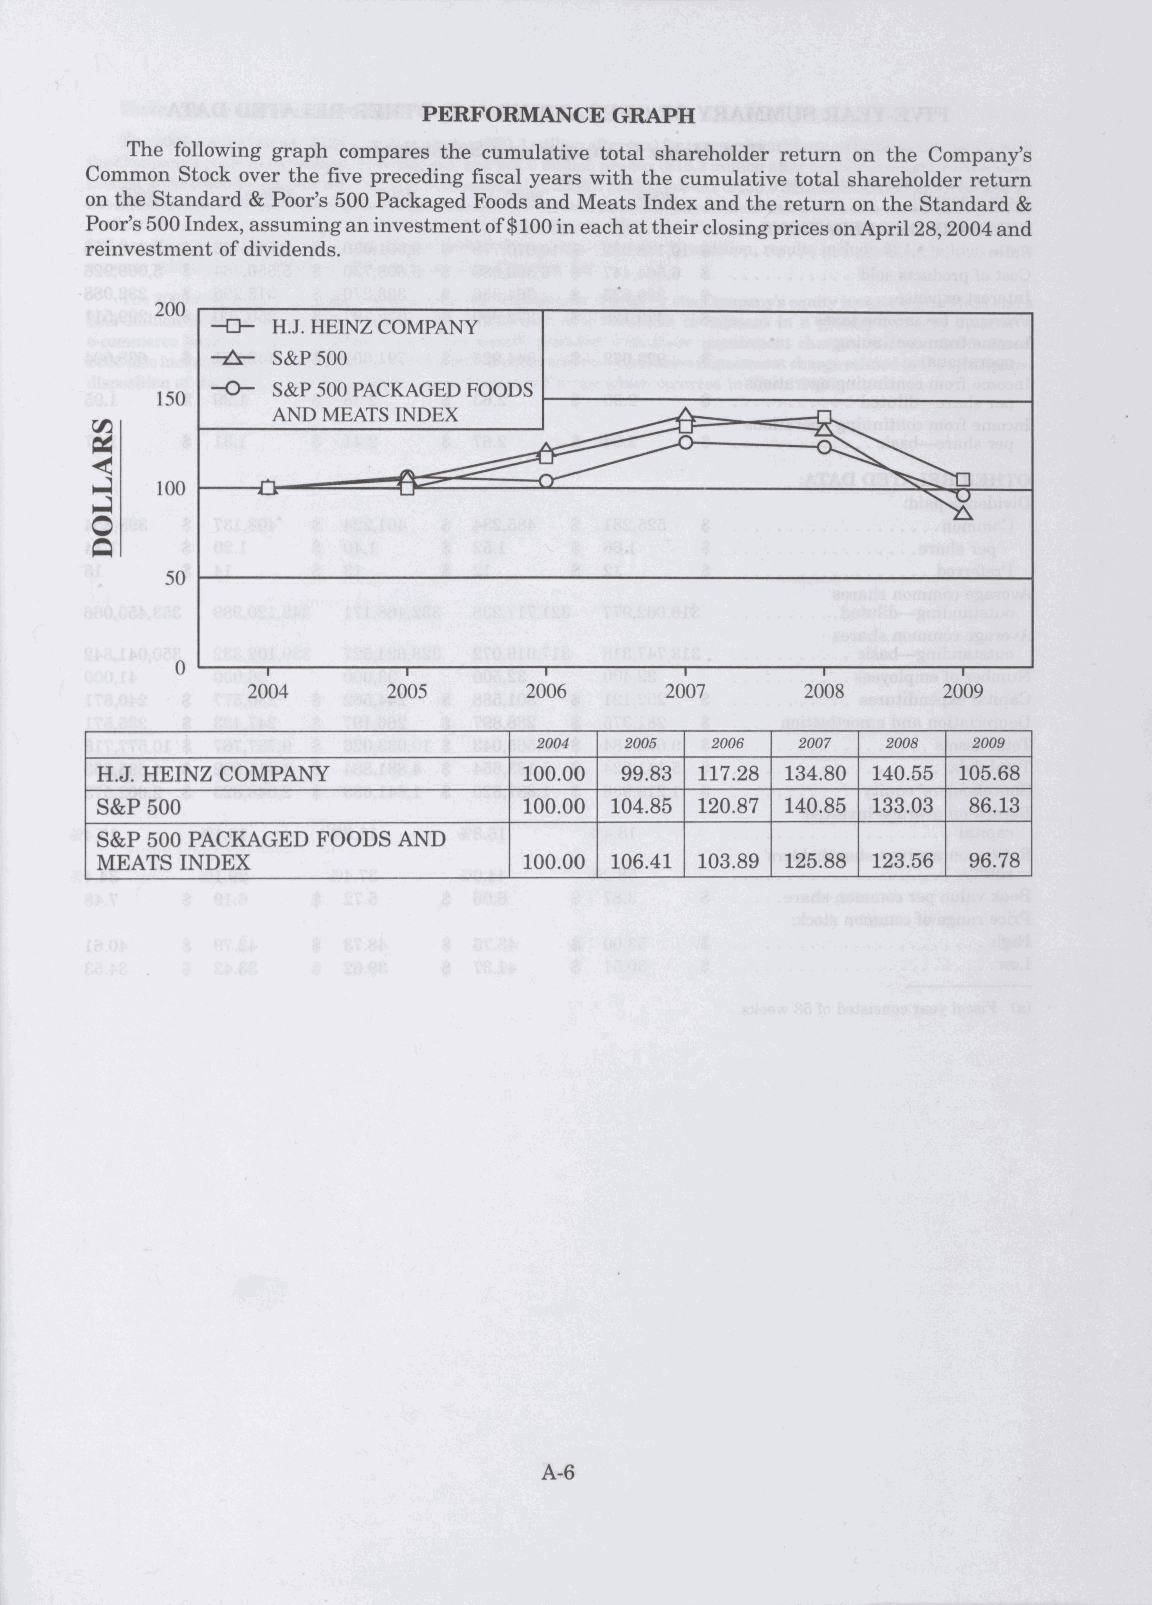
PERFORMANCE  GRAPH
 The following graph compares the cumulative total shareholder return on the Company's
 Common Stock over the five preceding fiscal years with the cumulative total shareholder return
 on the Standard & Poor's 500 Packaged Foods and Meats Index and the return on the Standard &
 Poor's 500 Index, assuming an investment of $100 in each at their closing prices on April 28, 2004 and
 reinvestment of dividends.
 2004 2005  2006  2007  2008  2009
 H.J. HEINZ COMPANY           100.00 99.83 117.28 134.80 140.55 105.68
 S&P 500                      100.00 104.85 120.87 140.85 133.03 86.13
 S&P 500 PACKAGED FOODS AND
 MEATS INDEX                  100.00 106.41 103.89 125.88 123.56 96.78
 SRALLOD